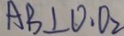
A B \bot O . O _ { 2 }